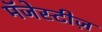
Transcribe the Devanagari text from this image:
मॅजेस्टीज़